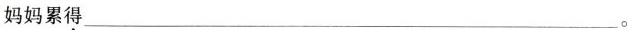
妈妈累\underset{·}{得}___。